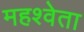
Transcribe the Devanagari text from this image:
महश्वेता